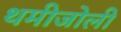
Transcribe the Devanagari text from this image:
थमीजोली